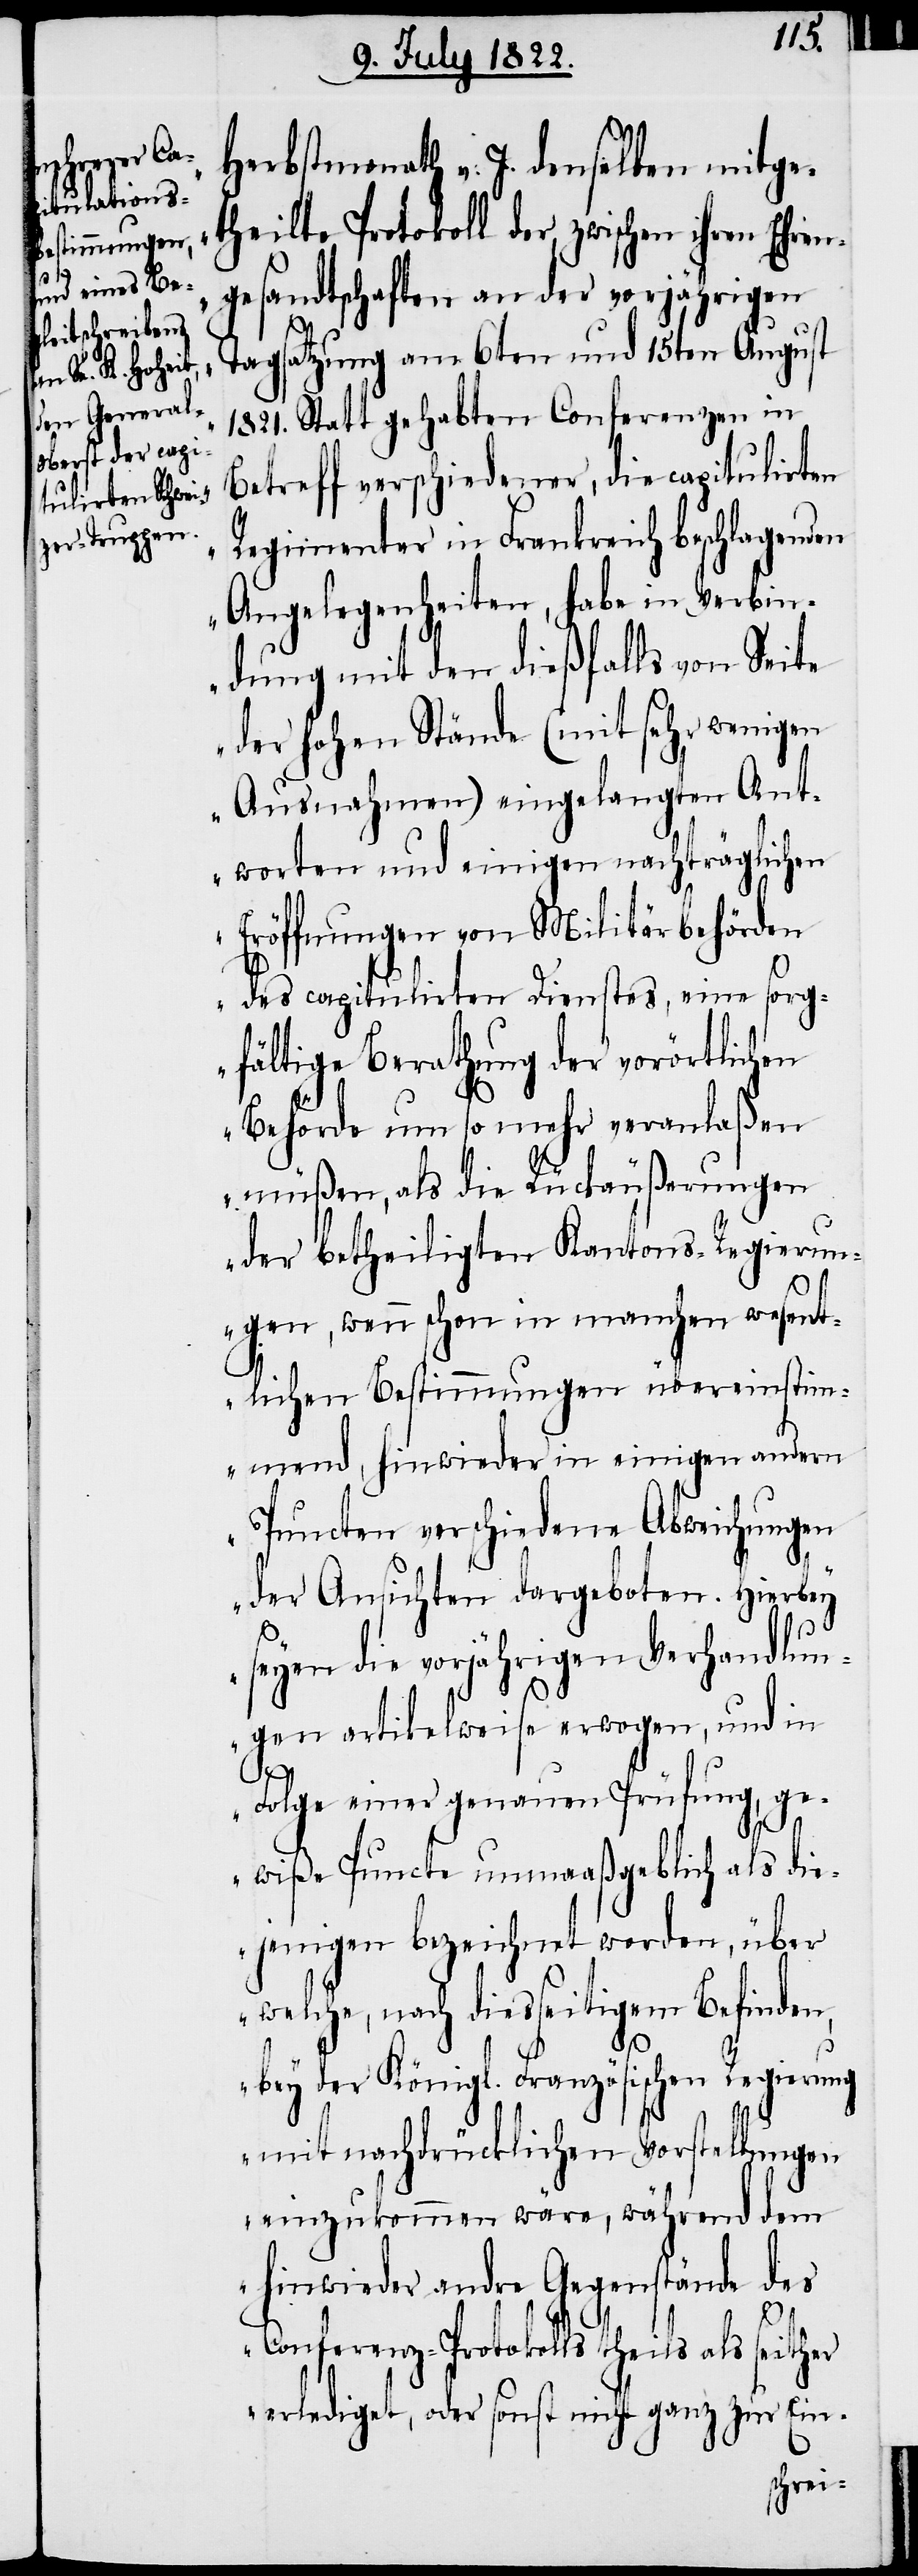
Herbstmonath v: J. denselben mitge¬
theilte Protokoll der, zwischen ihren Ehren¬
gesandtschaften an der vorjährigen
Tagsatzung am 6ten und 15ten August
1821. Statt gehabten Conferenzen in
Betreff verschiedener, die capitulirten
Regimenter in Frankreich beschlagenden
Angelegenheiten, habe in Verbin¬
dung mit den dießfalls von Seite
der hohen Stände (mit sehr wenigen
Ausnahmen) eingelangten Ant¬
worten und einigen nachträglichen
Eröffnungen von Militärbehörden
des capitulirten Dienstes, eine sorg¬
fältige Berathung der vorörtlichen
Behörde um so mehr veranlaßen
müßen, als die Rückäußerungen
der betheiligten Kantons-Regierun¬
gen, wenn schon in manchen wesent¬
lichen Bestimmungen übereinstim¬
mend, hinwieder in einigen andern
Puncten verschiedene Abweichungen
der Ansichten dargeboten. Hierbey
seyen die vorjährigen Verhandlun¬
gen artikelweise erwogen, und in
Folge einer genauen Prüfung, ge¬
wiße Puncte unmaaßgeblich als die¬
jenigen bezeichnet worden, über
welche, nach diesseitigem Befinden,
bey der Königl. Französischen Regierung
mit nachdrücklichen Vorstellungen
einzukommen wäre, während dem
hinwieder andre Gegenstände des
Conferenz-Protokolls theils als seither
erlediget, oder sonst nicht ganz zur Ein-